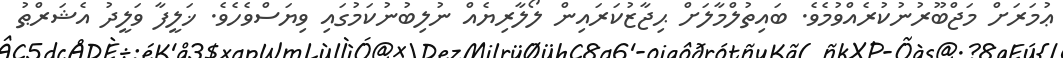
ޢުމަރަށް މަޖްބޫރުނުކުރެއްވުމެވެ. ބައިތުލްމާލަށް ޙިޖާޒުކަރައިން ލޯލާރިޔެއް ނުލިބުނުކަމުގައި ވިޔަސްވެހެވެ. ޚަލީފާ ވަލީދު އެޝަރްޠު